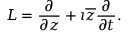
L = { \frac { \partial } { \partial z } } + \imath { \overline { { z } } } { \frac { \partial } { \partial t } } .